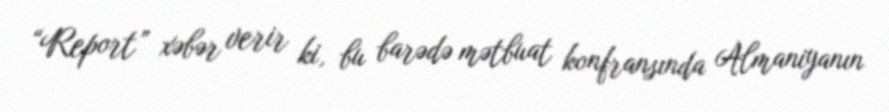
“Report” xəbər verir ki, bu barədə mətbuat konfransında Almaniyanın